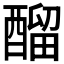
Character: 𨢇